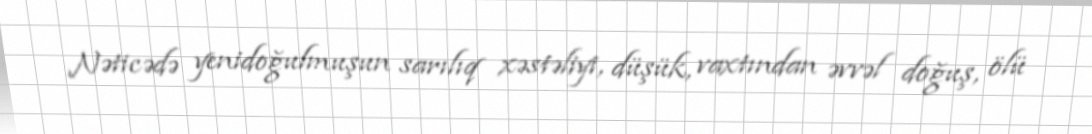
Nəticədə yenidoğulmuşun sarılıq xəstəliyi, düşük, vaxtından əvvəl doğuş, ölü